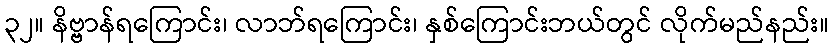
၃၂။ နိဗ္ဗာန်ရကြောင်း၊ လာဘ်ရကြောင်း၊ နှစ်ကြောင်းဘယ်တွင် လိုက်မည်နည်း။